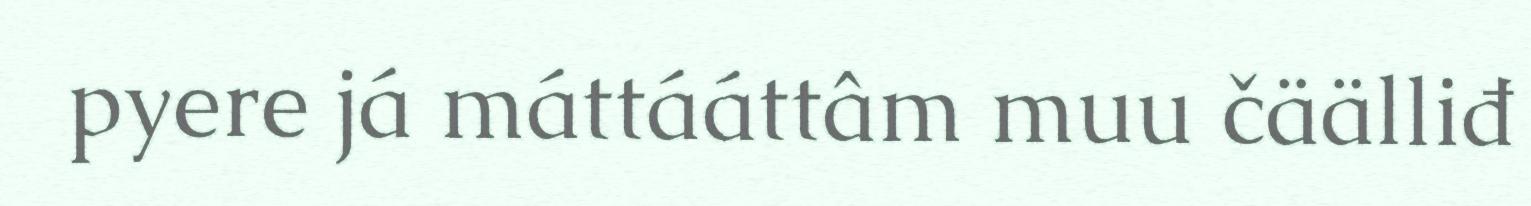
pyere já máttááttâm muu čäälliđ